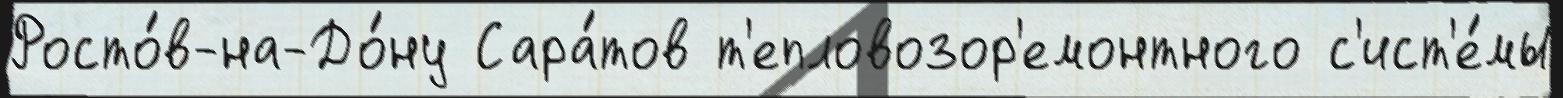
Росто́в-на-До́ну Сара́тов т'епловозор'емонтного с'ист'е́мы